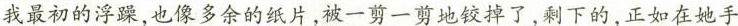
我最初的浮躁，也像多余的纸片，被一剪一剪地铰掉了，剩下的，正如在她手